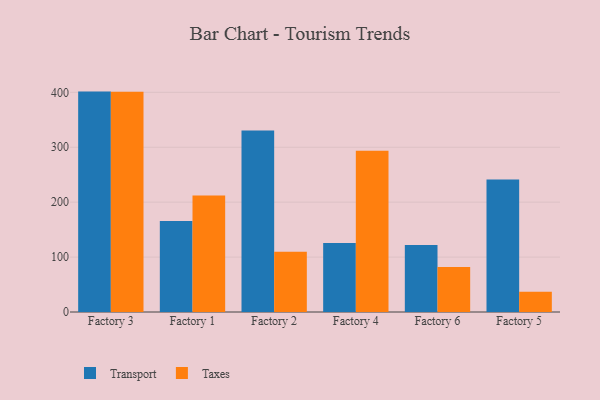
{"axis": {"x": "Factory", "y": "Tickets Resolved"}, "legend": ["Taxes", "Transport"], "data": [{"x": "Factory 3", "y": 401.3, "type": "Transport"}, {"x": "Factory 3", "y": 400.9, "type": "Taxes"}, {"x": "Factory 1", "y": 165.6, "type": "Transport"}, {"x": "Factory 1", "y": 211.9, "type": "Taxes"}, {"x": "Factory 2", "y": 330.3, "type": "Transport"}, {"x": "Factory 2", "y": 109.6, "type": "Taxes"}, {"x": "Factory 4", "y": 125.8, "type": "Transport"}, {"x": "Factory 4", "y": 293.8, "type": "Taxes"}, {"x": "Factory 6", "y": 121.9, "type": "Transport"}, {"x": "Factory 6", "y": 82.1, "type": "Taxes"}, {"x": "Factory 5", "y": 241.1, "type": "Transport"}, {"x": "Factory 5", "y": 36.8, "type": "Taxes"}]}